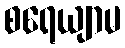
စရေယျာမ